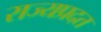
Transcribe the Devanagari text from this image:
राज्यप्रदत